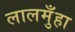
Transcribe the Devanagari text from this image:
लालमुँहा